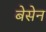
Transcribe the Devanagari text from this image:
बेसेन